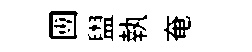
圑盥執奄